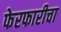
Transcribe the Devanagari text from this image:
फेरफारीचा